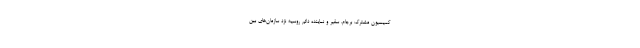
کمیسیون مشترک برجام، سفیر و نماینده دائم روسیه نزد سازمان‌های بین